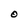
Character: O